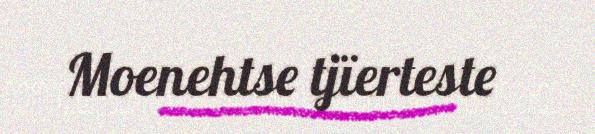
Moenehtse tjïerteste